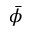
\bar { \phi }